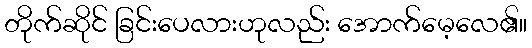
တိုက်ဆိုင် ခြင်းပေလားဟုလည်း အောက်မေ့လေ၏။